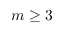
m \geq 3